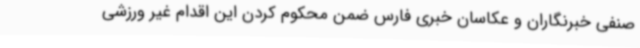
صنفی خبرنگاران و عکاسان خبری فارس ضمن محکوم کردن این اقدام غیر ورزشی